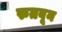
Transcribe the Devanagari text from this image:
रुतवून